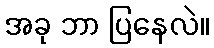
အခု ဘာ ပြနေလဲ။